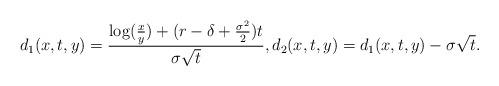
LaTeX: \begin{align*}d_{1}(x,t,y) =\frac{\log(\frac{x}{y})+ (r-\delta + \frac{\sigma^{2}}{2})t}{\sigma\sqrt{t}}, d_{2}(x,t,y) = d_{1}(x,t,y) - \sigma \sqrt{t}.\end{align*}